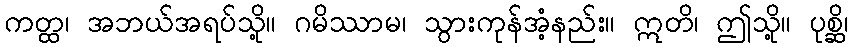
ကတ္ထ၊ အဘယ်အရပ်သို့။ ဂမိဿာမ၊ သွားကုန်အံ့နည်း။ ဣတိ၊ ဤသို့။ ပုစ္ဆိ၊